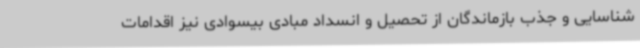
شناسایی و جذب بازماندگان از تحصیل و انسداد مبادی بیسوادی نیز اقدامات